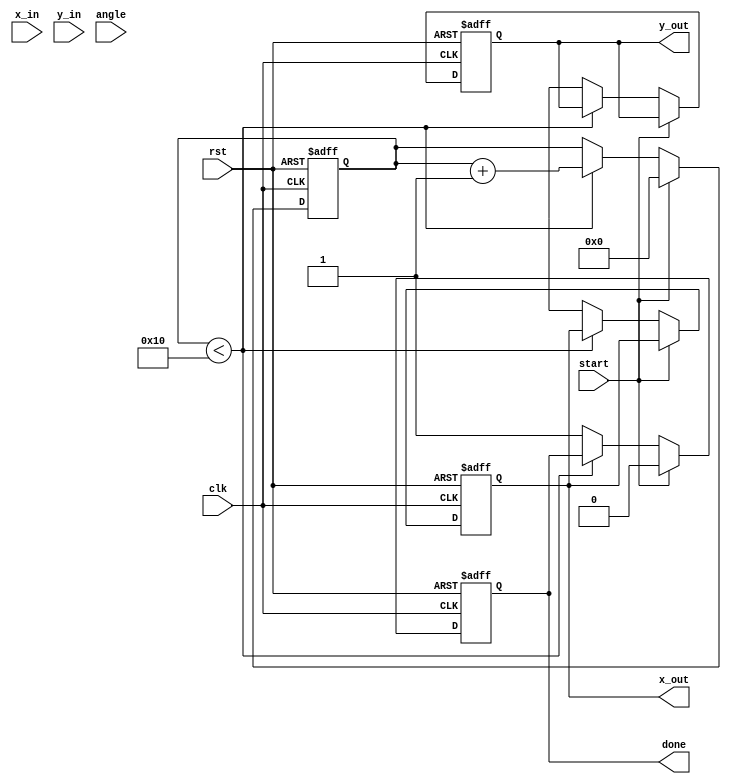
module cordic_2d (
    input wire clk,
    input wire rst,
    input wire start,
    input wire signed [15:0] x_in,   // Input x coordinate
    input wire signed [15:0] y_in,   // Input y coordinate
    input wire signed [15:0] angle,   // Input angle (in radians)
    output reg signed [15:0] x_out,   // Output x coordinate
    output reg signed [15:0] y_out,   // Output y coordinate
    output reg done
);

    // CORDIC parameters
    parameter NUM_ITERATIONS = 16;
    reg signed [15:0] atan_table [0:NUM_ITERATIONS-1]; // Lookup table for atan values
    reg signed [15:0] scaling_factors [0:NUM_ITERATIONS-1]; // Scaling factors

    // Internal registers
    reg signed [15:0] x [0:NUM_ITERATIONS-1];
    reg signed [15:0] y [0:NUM_ITERATIONS-1];
    reg signed [15:0] z [0:NUM_ITERATIONS-1];
    reg [3:0] iter; // Iteration counter
    reg direction; // Rotation direction (1 for clockwise, 0 for counterclockwise)
    
    // Initialization of the atan_table and scaling_factors
    initial begin
        // Pre-calculated atan values (in fixed-point format)
        atan_table[0] = 16'h2000; // atan(1) = 45 degrees in fixed-point
        atan_table[1] = 16'h1000; // atan(0.5) = 26.565 degrees
        atan_table[2] = 16'h0800; // atan(0.25) = 14.036 degrees
        // Fill in the rest of the atan_table...

        // Pre-calculated scaling factors
        scaling_factors[0] = 16'h4000; // Scaling factor for first iteration
        scaling_factors[1] = 16'h2000; // Scaling factor for second iteration
        // Fill in the rest of the scaling_factors...
    end

    // State machine for CORDIC computation
    always @(posedge clk or posedge rst) begin
        if (rst) begin
            iter <= 0;
            done <= 0;
            x_out <= 0;
            y_out <= 0;
        end else if (start) begin
            // Initialize inputs
            x[0] <= x_in;
            y[0] <= y_in;
            z[0] <= angle;
            iter <= 0;
            done <= 0;
        end else if (iter < NUM_ITERATIONS) begin
            // Determine rotation direction
            direction <= (z[iter] < 0) ? 1'b1 : 1'b0;

            // Perform CORDIC rotation
            if (direction) begin
                x[iter + 1] <= x[iter] + (y[iter] >>> iter);
                y[iter + 1] <= y[iter] - (x[iter] >>> iter);
                z[iter + 1] <= z[iter] + atan_table[iter];
            end else begin
                x[iter + 1] <= x[iter] - (y[iter] >>> iter);
                y[iter + 1] <= y[iter] + (x[iter] >>> iter);
                z[iter + 1] <= z[iter] - atan_table[iter];
            end

            // Update iteration counter
            iter <= iter + 1;
        end else begin
            // Final output
            x_out <= x[NUM_ITERATIONS];
            y_out <= y[NUM_ITERATIONS];
            done <= 1;
        end
    end

endmodule